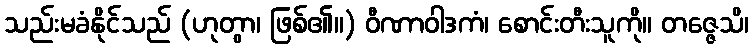
သည်းမခံနိုင်သည် (ဟုတွာ၊ ဖြစ်၏။) ဝီဏာဝါဒကံ၊ စောင်းတီးသူကို။ တဇ္ဇေသိ၊